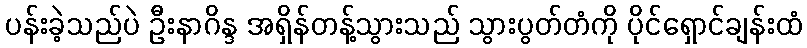
ပန်းခဲ့သည်ပဲ ဦးနာဂိန္ဒ အရှိန်တန့်သွားသည် သွားပွတ်တံကို ပိုင်ရှောင်ချန်းထံ